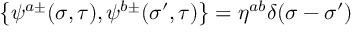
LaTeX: \left\{ \psi ^ { a \pm } ( \sigma , \tau ) , \psi ^ { b \pm } ( { \sigma } ^ { \prime } , \tau ) \right\} = \eta ^ { a b } \delta ( \sigma - { \sigma } ^ { \prime } )